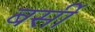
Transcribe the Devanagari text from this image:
बर्सी